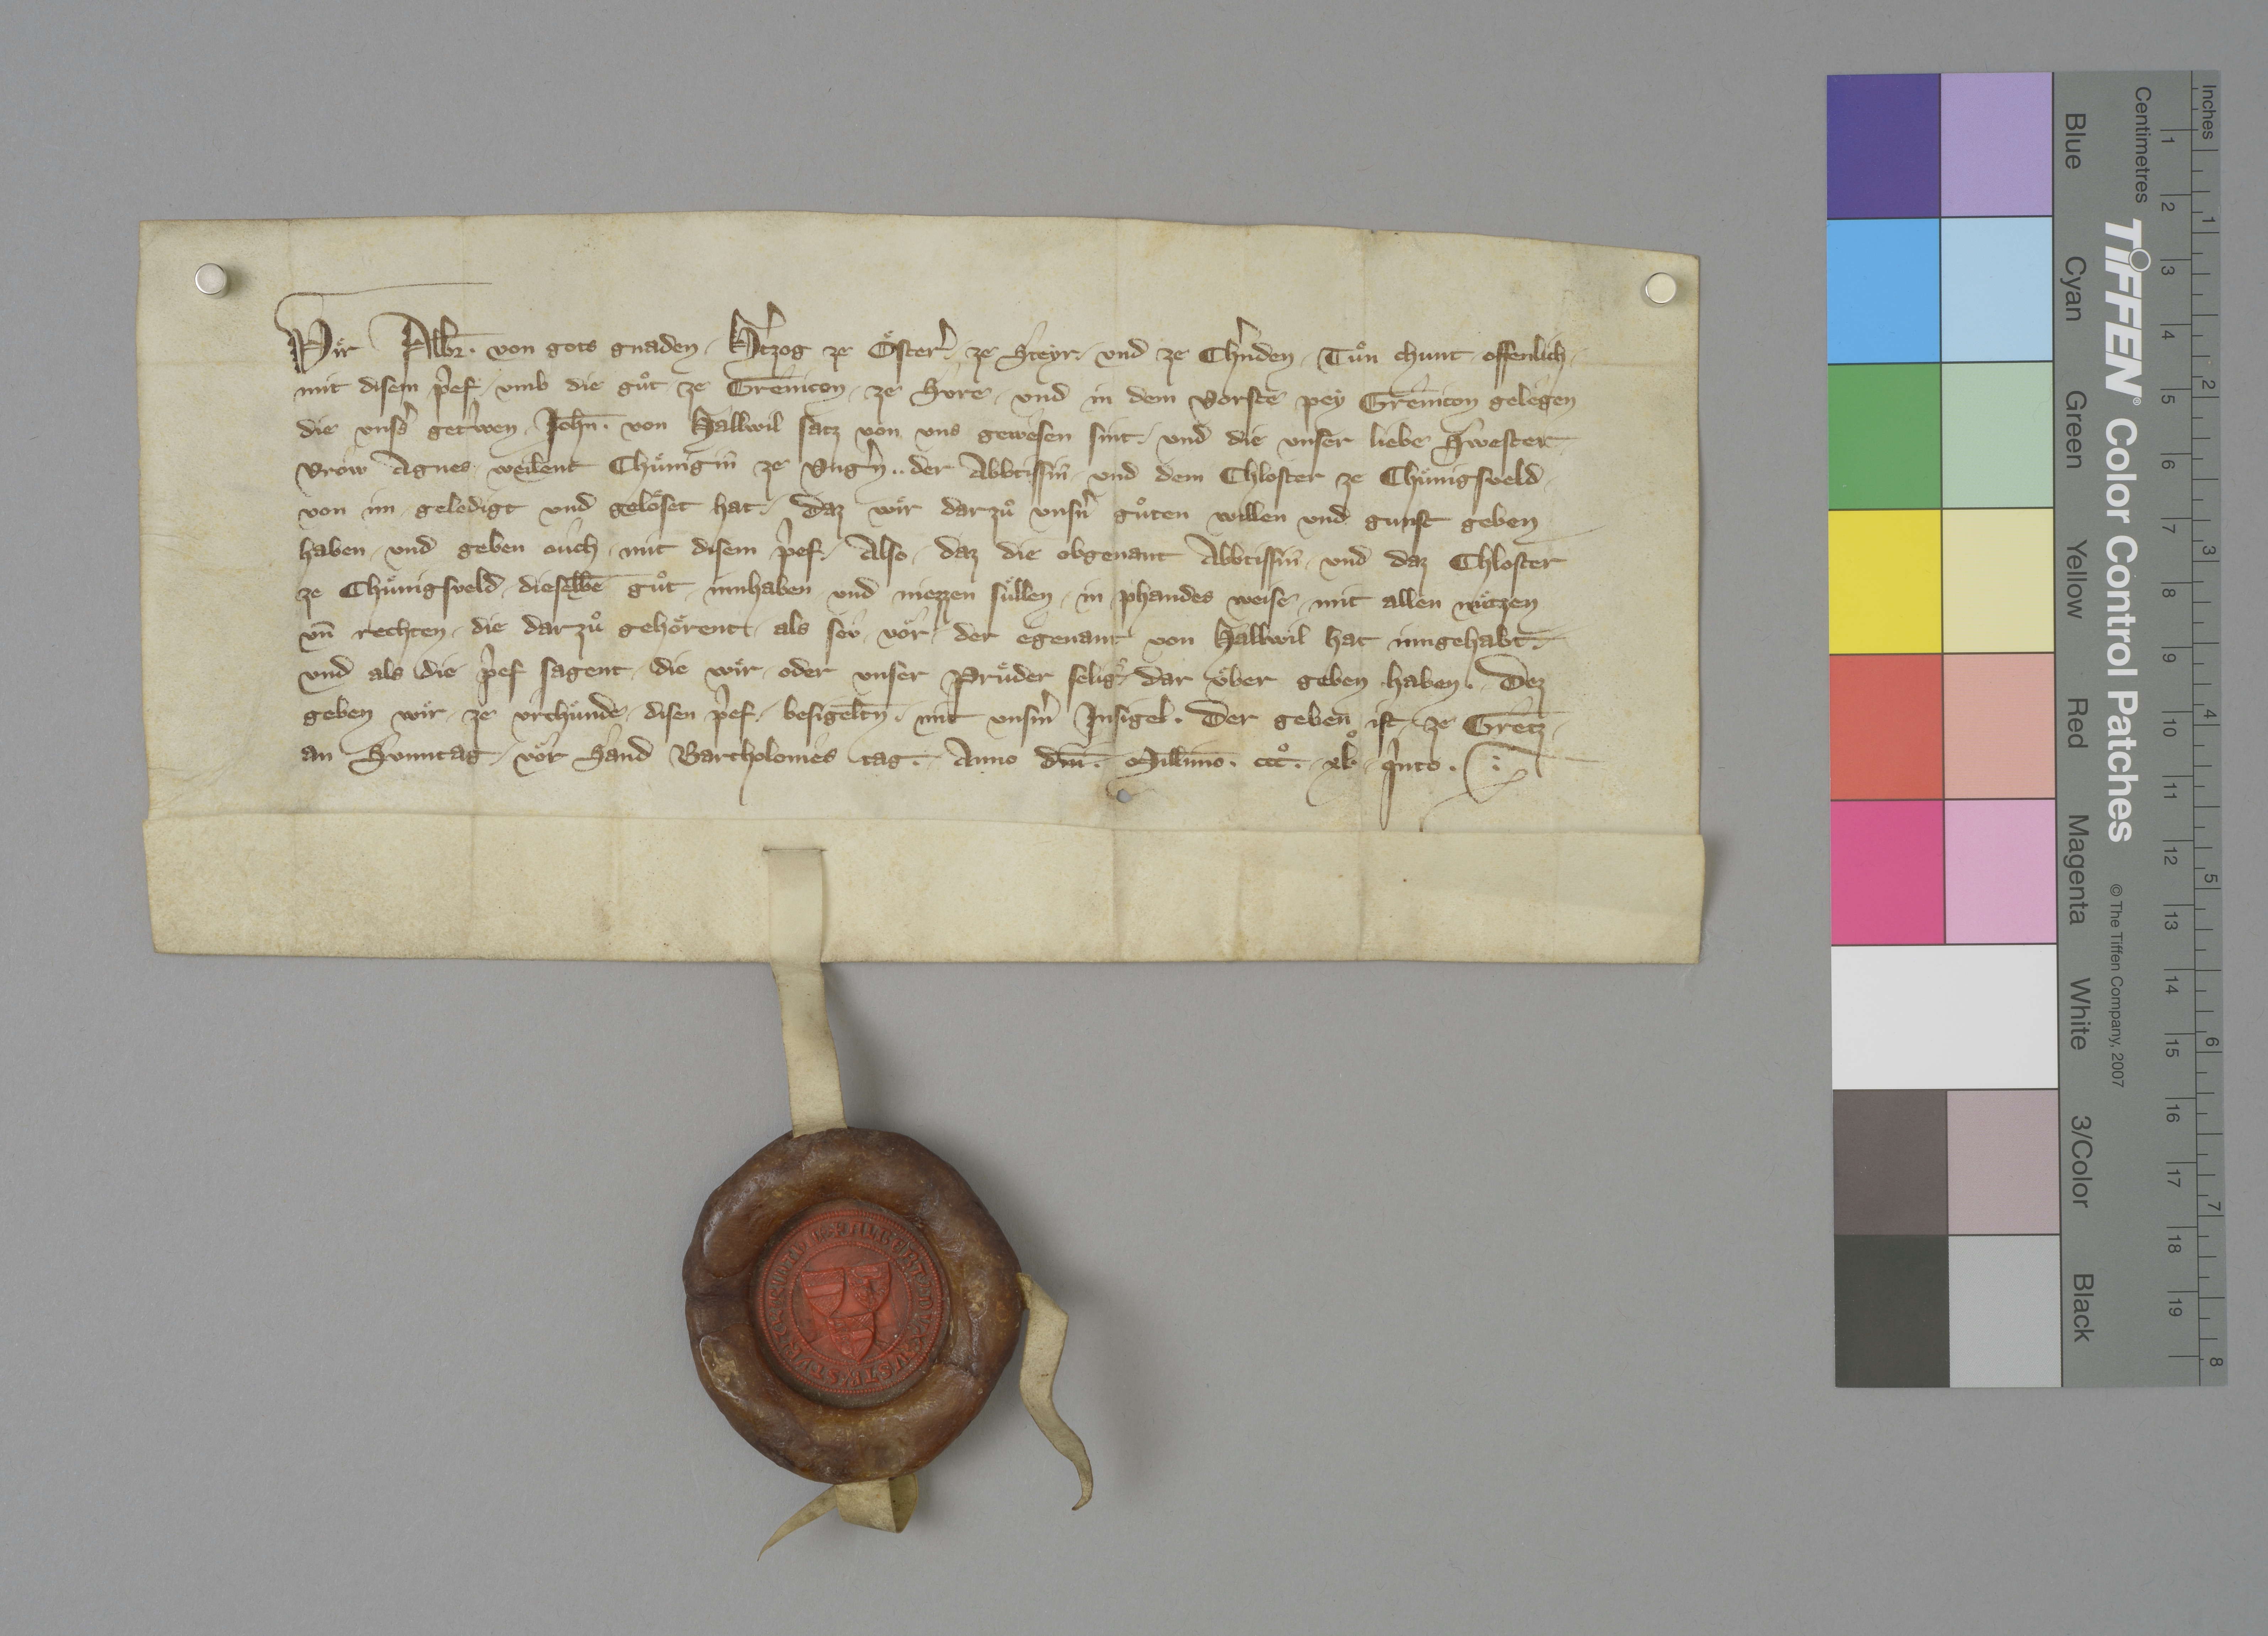
Transcription:
Wiͤr, Alb̄r✳, von gots gnaden ✳ hˀtzog ze Oͤsterˀ, ✳ ze Steyr ✳ und ze Chˀnden, ✳ tuͦn chunt ✳ offenlich ✳
mit disem pˀef, ✳ umb die guͦt ✳ ze Grenicon, ✳ ze Sure ✳ und in dem vorste pey Grênicon gelêgen,
die unsˀs getˀwen ✳ Joh̄n✳ von Hallwil satz von uns gewesen sint ✳ und die unser liebe swester
vrow Agnes, ✳ weilent chuͤnigin ze Ungˀn, ✳ ✳ der abbtissin ✳ und dem chloster ze Chuͤnigsveld
von im geledigt und geloͤset hat, ✳ daz wiͤr darzuͦ unsˀn guͦten willen und gunst geben
haben ✳ und geben oûch ✳ mit disem pˀef, ✳ also, ✳ daz die obgenant abbtissin ✳ und daz chloster
ze Chuͤnigsveld ✳ dieselbē guͦt ✳ innhaben und niezzen suͤllen ✳ in phandes weise ✳ mit allen nuͤtzen
un̄ rechten, ✳ die darzuͦ gehoͤrent, ✳ als seû ✳ voͤr ✳ der egenant von Hallwil hat inngehabt ✳
und als die pˀef sagent, ✳ die wiͤr ✳ oder unser pruͤder, selig, ✳ dar uͤber geben haben. ✳ dez
geben wiͤr ✳ ze urchuͤnde ✳ disen pˀef, ✳ besigelt̄n ✳ mit unsˀm insigel, ✳ der geben ist ✳ ze Gretz ✳
an sunntag ✳ voͤr sand Bartholomes tag, ✳ ✳ anno dn̄i ✳ mill̄imo ✳ cccͦ ✳ ✳ xlͦ ✳ ✳ qˀnto. ✳